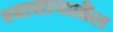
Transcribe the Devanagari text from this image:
श्वासानातील